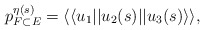
\begin{align*} p_{F\subset E}^{\eta(s)} = \langle\langle u_1 || u_2(s) || u_3(s)\rangle\rangle,\end{align*}